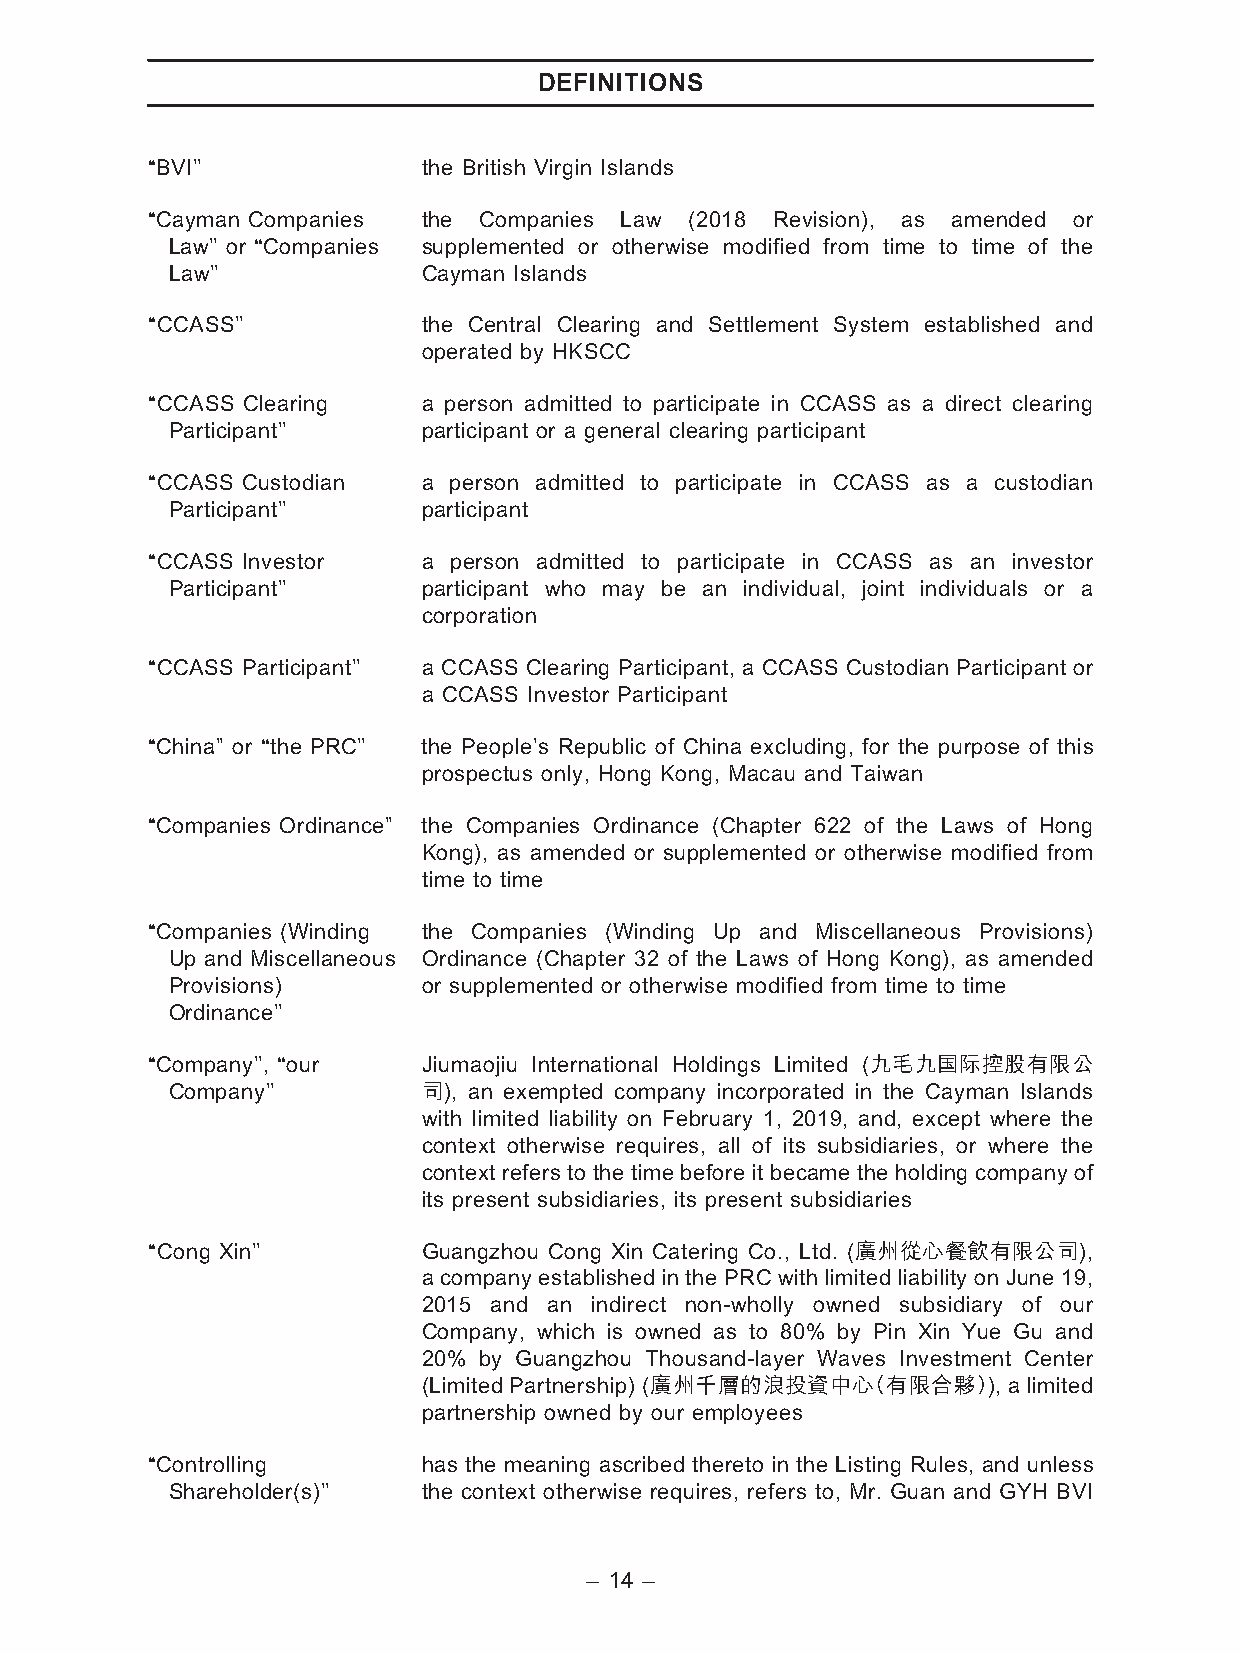
DEFINITIONS
 ‘‘BVI’’           the British Virgin Islands
 ‘‘Cayman Companies the Companies Law (2018 Revision), as amended or
 Law’’ or ‘‘Companies supplemented or otherwise modified from time to time of the
 Law’’            Cayman Islands
 ‘‘CCASS’’         the Central Clearing and Settlement System established and
 operated by HKSCC
 ‘‘CCASS Clearing  a person admitted to participate in CCASS as a direct clearing
 Participant’’    participant or a general clearing participant
 ‘‘CCASS Custodian a person admitted to participate in CCASS as a custodian
 Participant’’    participant
 ‘‘CCASS Investor  a person admitted to participate in CCASS as an investor
 Participant’’    participant who may be an individual, joint individuals or a
 corporation
 ‘‘CCASS Participant’’ a CCASS Clearing Participant, a CCASS Custodian Participant or
 a CCASS Investor Participant
 ‘‘China’’ or ‘‘the PRC’’ the People’s Republic of China excluding, for the purpose of this
 prospectus only, Hong Kong, Macau and Taiwan
 ‘‘Companies Ordinance’’ the Companies Ordinance (Chapter 622 of the Laws of Hong
 Kong), as amended or supplemented or otherwise modified from
 time to time
 ‘‘Companies (Winding the Companies (Winding Up and Miscellaneous Provisions)
 Up and Miscellaneous Ordinance (Chapter 32 of the Laws of Hong Kong), as amended
 Provisions)      or supplemented or otherwise modified from time to time
 Ordinance’’
 ‘‘Company’’, ‘‘our Jiumaojiu International Holdings Limited (九毛九國際控股有限公
 Company’’        司), an exempted company incorporated in the Cayman Islands
 with limited liability on February 1, 2019, and, except where the
 context otherwise requires, all of its subsidiaries, or where the
 context refers to the time before it became the holding company of
 its present subsidiaries, its present subsidiaries
 ‘‘Cong Xin’’      Guangzhou Cong Xin Catering Co., Ltd. (廣州從心餐飲有限公司),
 a company established in the PRC with limited liability on June 19,
 2015 and an indirect non-wholly owned subsidiary of our
 Company, which is owned as to 80% by Pin Xin Yue Gu and
 20% by Guangzhou Thousand-layer Waves Investment Center
 (Limited Partnership) (廣州千層的浪投資中心（有限合夥）), a limited
 partnership owned by our employees
 ‘‘Controlling     has the meaning ascribed thereto in the Listing Rules, and unless
 Shareholder(s)’’ the context otherwise requires, refers to, Mr. Guan and GYH BVI
 – 14 –